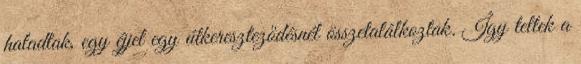
haladtak, egy éjjel egy útkereszteződésnél összetalálkoztak. Így teltek a